画像に写った文字を読んでください
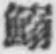
「鰯」と書いてあります